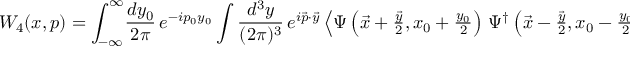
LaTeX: W _ { 4 } ( x , p ) = \int _ { - \infty } ^ { \infty } \! \frac { d y _ { 0 } } { 2 \pi } \, e ^ { - i p _ { 0 } y _ { 0 } } \int \frac { d ^ { 3 } y } { ( 2 \pi ) ^ { 3 } } \, e ^ { i \vec { p } \cdot \vec { y } } \left\langle \Psi \left( \vec { x } + { \textstyle { \frac { \vec { y } } { 2 } } } , x _ { 0 } + { \textstyle { \frac { y _ { 0 } } { 2 } } } \right) \, \Psi ^ { \dag } \left( \vec { x } - { \textstyle { \frac { \vec { y } } { 2 } } } , x _ { 0 } - { \textstyle { \frac { y _ { 0 } } { 2 } } } \right) \right\rangle \, .